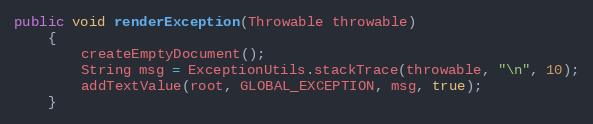
Language: Java
public void renderException(Throwable throwable)
	{
		createEmptyDocument();
		String msg = ExceptionUtils.stackTrace(throwable, "\n", 10);
		addTextValue(root, GLOBAL_EXCEPTION, msg, true);
	}